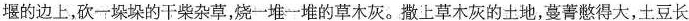
堰的边上，砍一垛垛的干柴杂草，烧一堆一堆的草木灰。撒上草木灰的土地，蔓菁憋得大，土豆长